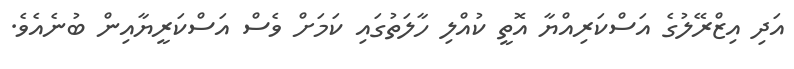
އަދި އިޒްރޭލުގެ އަސްކަރިއްޔާ އޮތީ ކުއްލި ހާލަތުގައި ކަމަށް ވެސް އަސްކަރީޔާއިން ބުނެއެވެ.